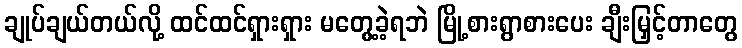
ချုပ်ချယ်တယ်လို့ ထင်ထင်ရှားရှား မတွေ့ခဲ့ရဘဲ မြို့စားရွာစားပေး ချီးမြှင့်တာတွေ